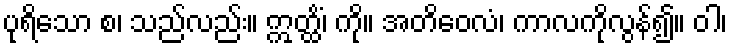
ပုရိသော စ၊ သည်လည်း။ ဣတ္ထိံ၊ ကို။ အတိဝေလံ၊ ကာလကိုလွန်၍။ ဝါ၊